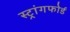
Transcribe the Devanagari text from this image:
स्ट्रांगफोर्ड